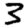
Digit: 3